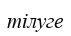
тілуге